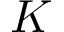
K